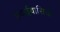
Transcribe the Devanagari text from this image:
हवाईवासियों